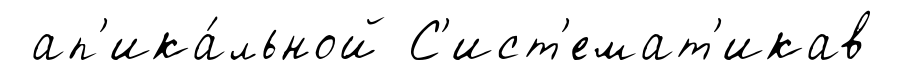
ап'ика́льной С'ист'емат'икав